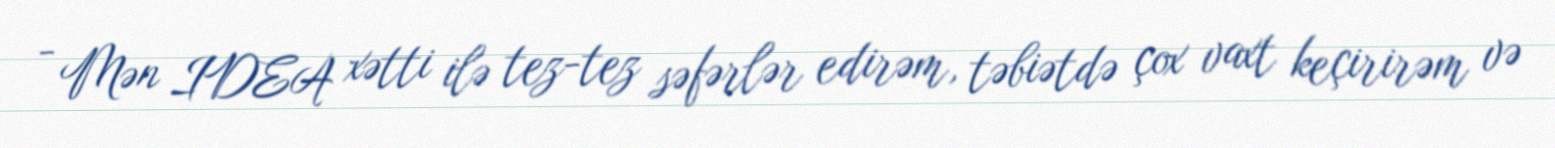
- Mən IDEA xətti ilə tez-tez səfərlər edirəm, təbiətdə çox vaxt keçirirəm və